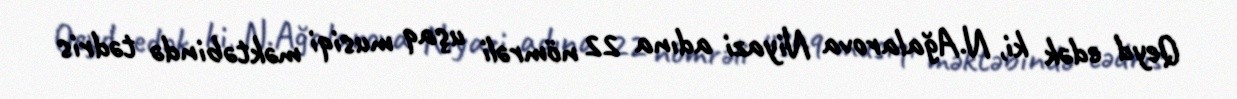
Qeyd edək ki, N.Ağalarova Niyazi adına 22 nömrəli uşaq musiqi məktəbində tədris